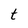
Character: t